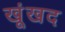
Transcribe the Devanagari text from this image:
खूंखद